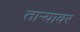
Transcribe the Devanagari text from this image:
ताऱ्यावर